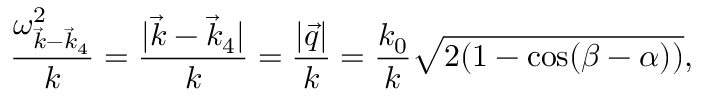
\frac { \omega _ { \vec { k } - \vec { k } _ { 4 } } ^ { 2 } } { k } = \frac { | \vec { k } - \vec { k } _ { 4 } | } { k } = \frac { | \vec { q } | } { k } = \frac { k _ { 0 } } { k } \sqrt { 2 ( 1 - \cos ( \beta - \alpha ) ) } ,